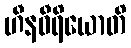
ဟီနဝီရိယောတိ